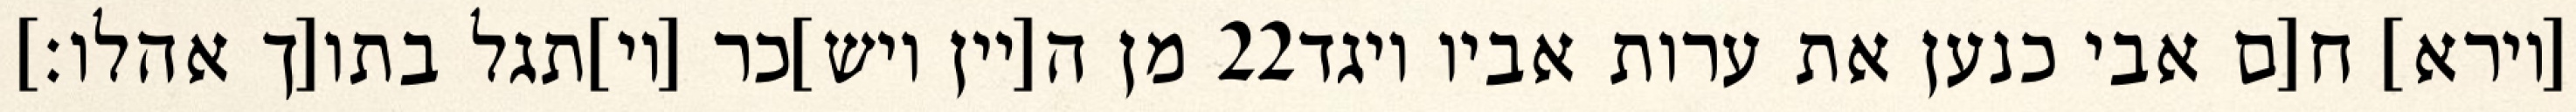
מן ה[יין ויש]כר [וי]תגל בתו[ך אהלו׃] ‎22‏ [וירא] ח[ם אבי כנען את ערות אביו ויגד